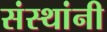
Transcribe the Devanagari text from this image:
संस्‍थांनी